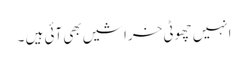
انہیں چھوٹی خراشیں بھی آئی ہیں ۔